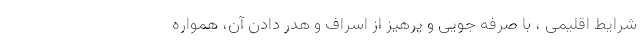
شرایط اقلیمی ، با صرفه جویی و پرهیز از اسراف و هدر دادن آن، همواره